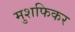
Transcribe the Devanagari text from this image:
मुशफिकर